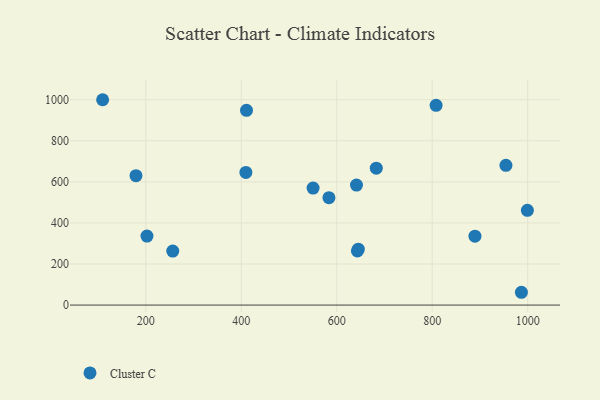
{"axis": {"x": "Study Hours", "y": "Yield"}, "legend": ["Cluster C"], "data": [{"x": "550.5", "y": 569.8, "type": "Cluster C"}, {"x": "109.6", "y": 999.7, "type": "Cluster C"}, {"x": "889.6", "y": 335.2, "type": "Cluster C"}, {"x": "256.5", "y": 262.7, "type": "Cluster C"}, {"x": "954.5", "y": 680.3, "type": "Cluster C"}, {"x": "583.7", "y": 523.0, "type": "Cluster C"}, {"x": "999.4", "y": 461.1, "type": "Cluster C"}, {"x": "643.3", "y": 263.8, "type": "Cluster C"}, {"x": "411.0", "y": 948.0, "type": "Cluster C"}, {"x": "641.4", "y": 584.4, "type": "Cluster C"}, {"x": "682.9", "y": 666.7, "type": "Cluster C"}, {"x": "986.9", "y": 62.3, "type": "Cluster C"}, {"x": "645.2", "y": 272.3, "type": "Cluster C"}, {"x": "409.7", "y": 645.8, "type": "Cluster C"}, {"x": "808.2", "y": 972.2, "type": "Cluster C"}, {"x": "179.5", "y": 629.8, "type": "Cluster C"}, {"x": "202.5", "y": 335.8, "type": "Cluster C"}]}